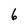
Character: 6